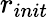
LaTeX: r_{init}